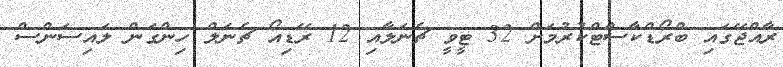
ރާއްޖޭގައި ބްރޯޑްކާސްޓްކުރުމަށް 32 ޓީވީ ޗެނަލާއި 12 ރޭޑިއޯ ޗެނަލް ހިންގަން ލައިސަންސް